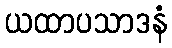
ယထာပသာဒနံ